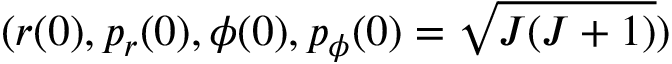
( r ( 0 ) , p _ { r } ( 0 ) , \phi ( 0 ) , p _ { \phi } ( 0 ) = \sqrt { J ( J + 1 ) } )